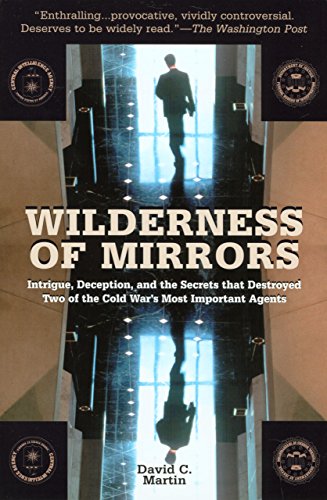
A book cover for Wilderness of Mirrors: Intrigue, Deception, and the Secrets that Destroyed Two of the Cold War's Most Important Agents; David C. Martin; History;